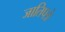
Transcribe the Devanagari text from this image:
जातिपत्रे